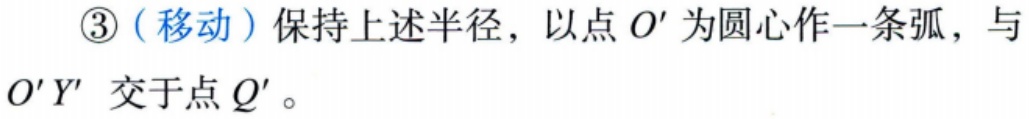
\textcircled{3}（移动）保持上述半径，以点 \(O'\) 为圆心作一条弧，与 \(O'Y'\) 交于点 \(Q'\)。